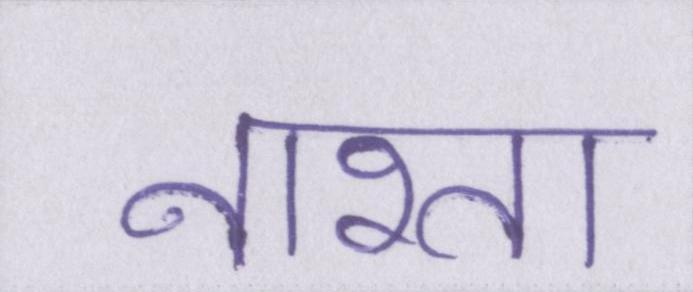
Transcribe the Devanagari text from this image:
नाश्ता